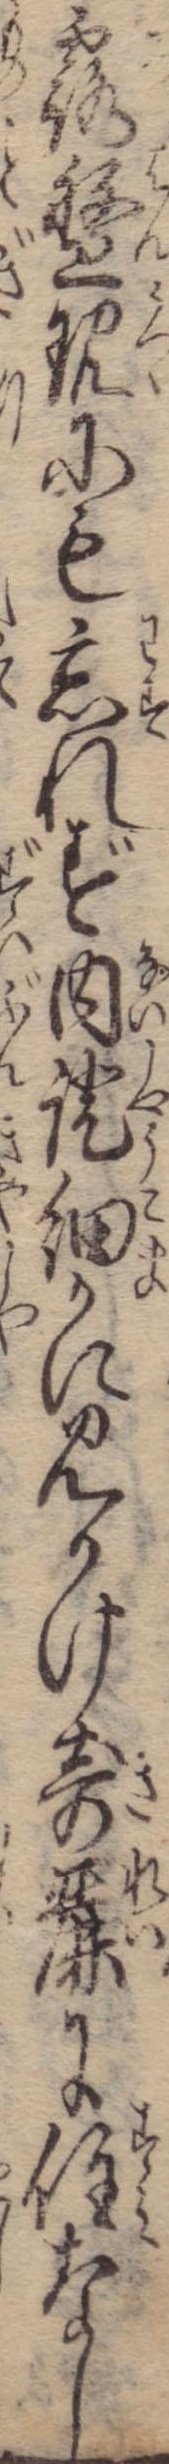
露盤現にも忘れず内証細かに見かけ奇麗に住なし